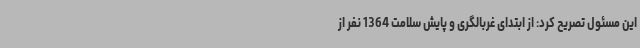
این مسئول تصریح کرد: از ابتدای غربالگری و پایش سلامت 1364 نفر از